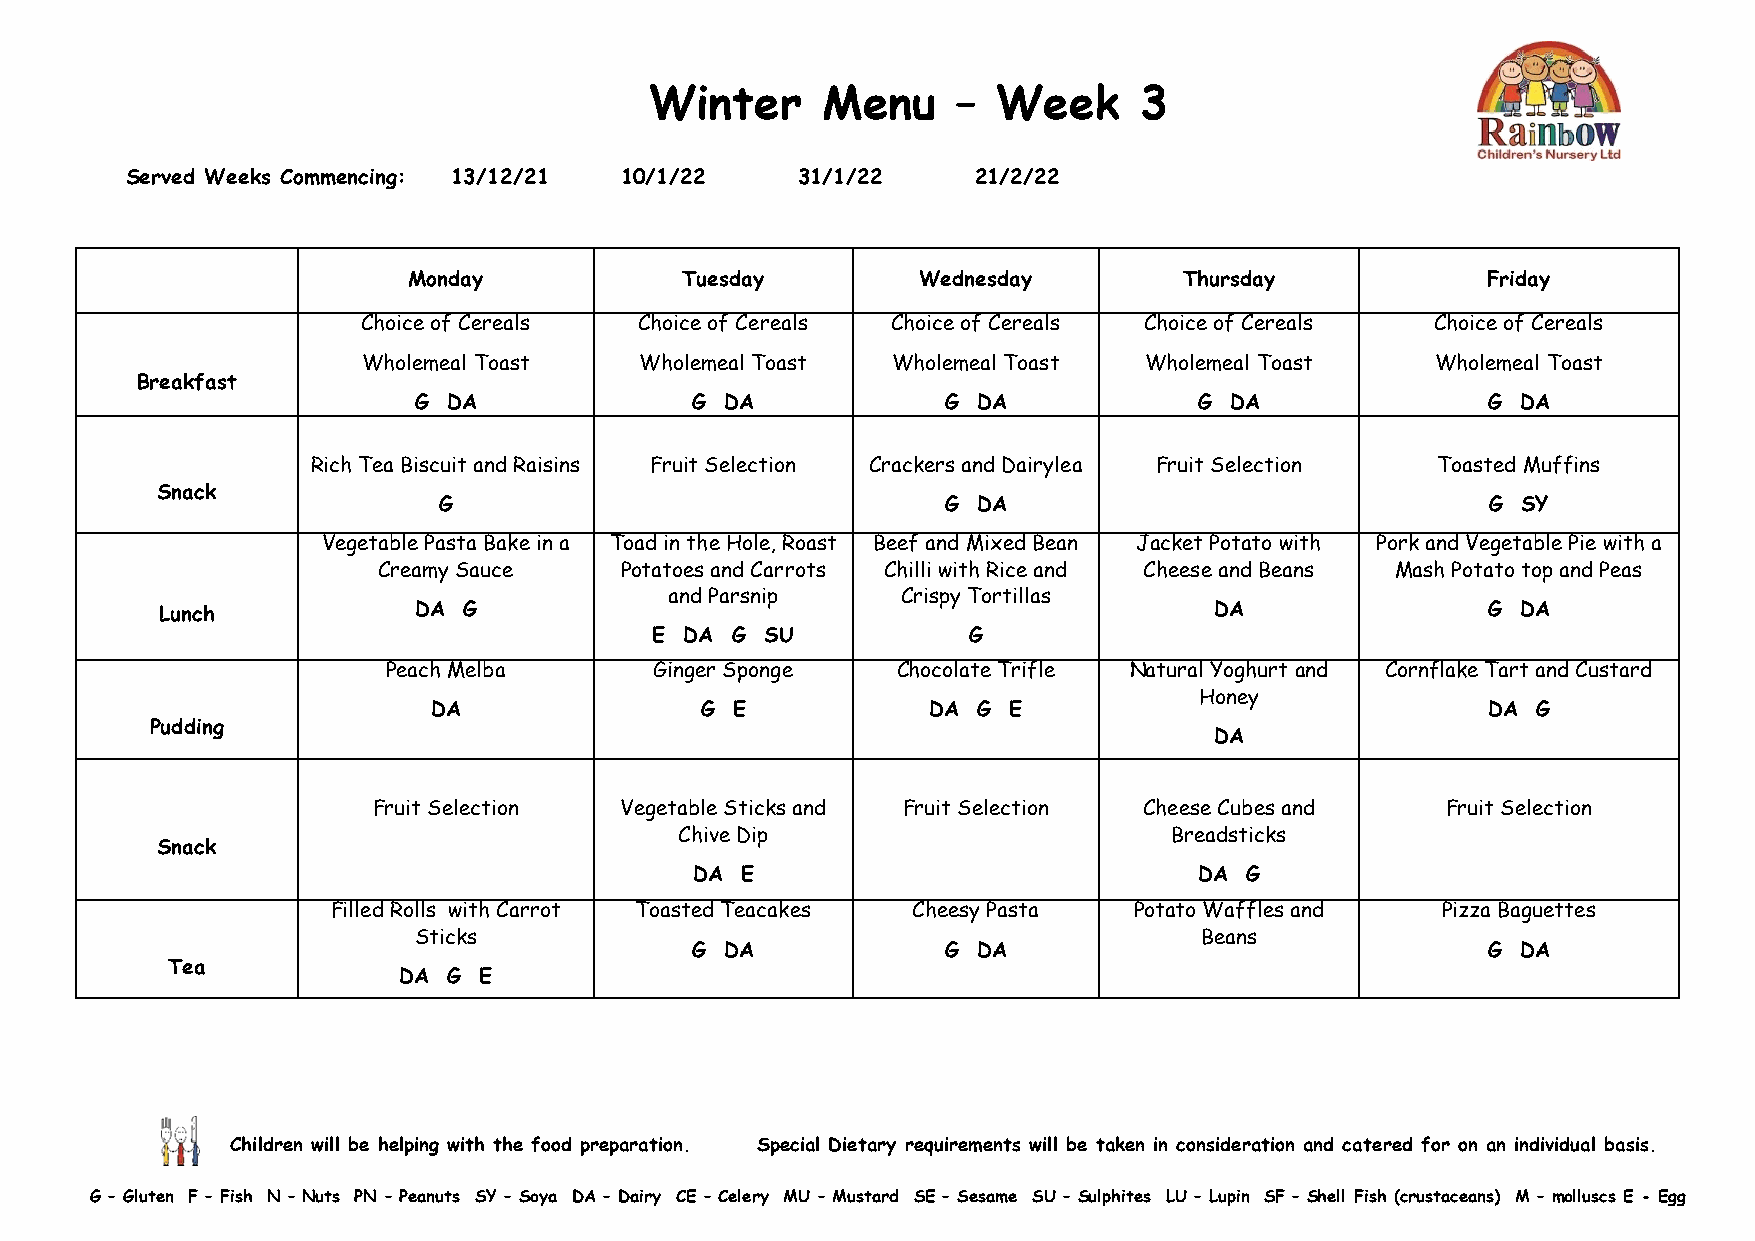
Winter     Menu     –  Week     3
 Served Weeks Commencing: 13/12/21 10/1/22    31/1/22     21/2/22
 Monday            Tuesday         Wednesday        Thursday            Friday
 Choice of Cereals Choice of Cereals Choice of Cereals Choice of Cereals Choice of Cereals
 Wholemeal Toast   Wholemeal Toast  Wholemeal Toast  Wholemeal Toast    Wholemeal Toast
 Breakfast
 G  DA              G DA             G DA            G DA               G  DA
 Rich Tea Biscuit and Raisins Fruit Selection Crackers and Dairylea Fruit Selection Toasted Muffins
 Snack
 G                                 G DA                                G SY
 Vegetable Pasta Bake in a Toad in the Hole, Roast Beef and Mixed Bean Jacket Potato with Pork and Vegetable Pie with a
 Creamy Sauce    Potatoes and Carrots Chilli with Rice and Cheese and Beans Mash Potato top and Peas
 and Parsnip     Crispy Tortillas
 Lunch           DA  G                                                DA                G  DA
 E DA G  SU           G
 Peach Melba      Ginger Sponge   Chocolate Trifle Natural Yoghurt and Cornflake Tart and Custard
 Honey
 DA               G E            DA  G E                              DA  G
 Pudding
 DA
 Fruit Selection Vegetable Sticks and Fruit Selection Cheese Cubes and  Fruit Selection
 Chive Dip                        Breadsticks
 Snack
 DA E                             DA G
 Filled Rolls with Carrot Toasted Teacakes Cheesy Pasta Potato Waffles and Pizza Baguettes
 Sticks                                              Beans
 G DA             G DA                               G  DA
 Tea
 DA  G E
 Children will be helping with the food preparation. Special Dietary requirements will be taken in consideration and catered for on an individual basis.
 G – Gluten F – Fish N – Nuts PN – Peanuts SY – Soya DA – Dairy CE – Celery MU – Mustard SE – Sesame SU – Sulphites LU – Lupin SF – Shell Fish (crustaceans) M – molluscs E - Egg